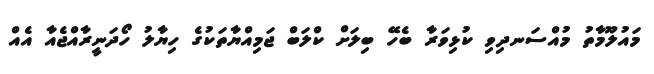
މައުލޫމާތު މުއްސަނދިވި ކުޅިވަރާ ބެހޭ ބިލަށް ކްލަބް ޖަމިއްޔާތަކުގެ ހިޔާލު ހޯދަނީރާއްޖެއާ އެއް